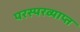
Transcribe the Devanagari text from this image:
परस्परव्याप्त